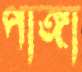
পাঙ্গা